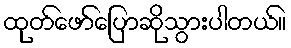
ထုတ်ဖော်ပြောဆိုသွားပါတယ်။